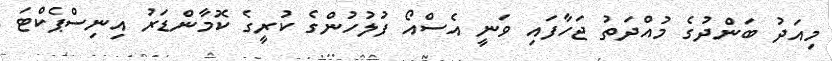
މިއަދު ބަންދުގެ މުއްދަތު ޖަހާފައި ވަނީ އެސްއޯ ފުލުހުންގެ ކުރީގެ ކޮމާންޑަރު އިނިސްޕެކްޓަ